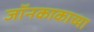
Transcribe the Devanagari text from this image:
जॉनकाकाच्या